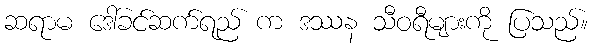
ဆရာမ ဒေါ်ခင်ဆက်ရည် က ဒဿန သီဝရီများကို ပြသည်။